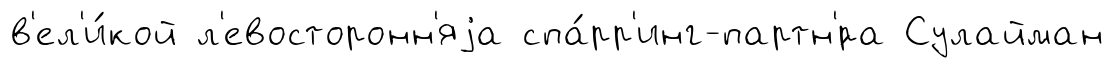
в'ел'и́кой л'евосторонн'яjа спа́рр'инг-партн'́ра Сулайман